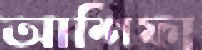
আশিফা